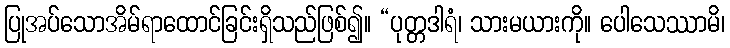
ပြုအပ်သောအိမ်ရာထောင်ခြင်းရှိသည်ဖြစ်၍။ “ပုတ္တဒါရံ၊ သားမယားကို။ ပေါသေဿာမိ၊